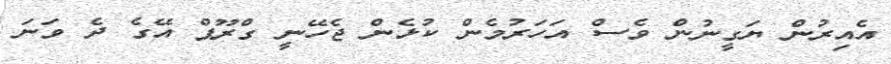
އެއިރުން ޔަގީނުން ވެސް އަހަރުމެން ކުޅެން ޖެހޭނީ ގްރޫޕް އޭގެ ދެ ވަނަ